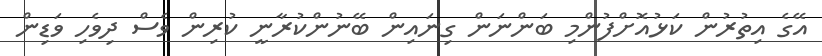
އޭގެ އިތުރުން ކަޅުއޮށްފުންމި ބަންނަން ގިނައިން ބޭނުންކުރާނީ ކުރިން ވެސް ދިވެހި ވަޑިން